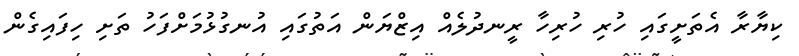
ކިޔާރާ އެތަށީގައި ހުރި ހުރިހާ ރީނދުލެއް އިޒްޔަން އަތުގައި އުނގުޅުމަށްފަހު ތަށި ހިފައިގެން